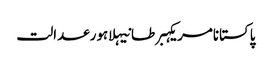
پاکستانامریکہبرطانیہلاہورعدالت